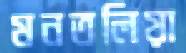
মনতলিয়া